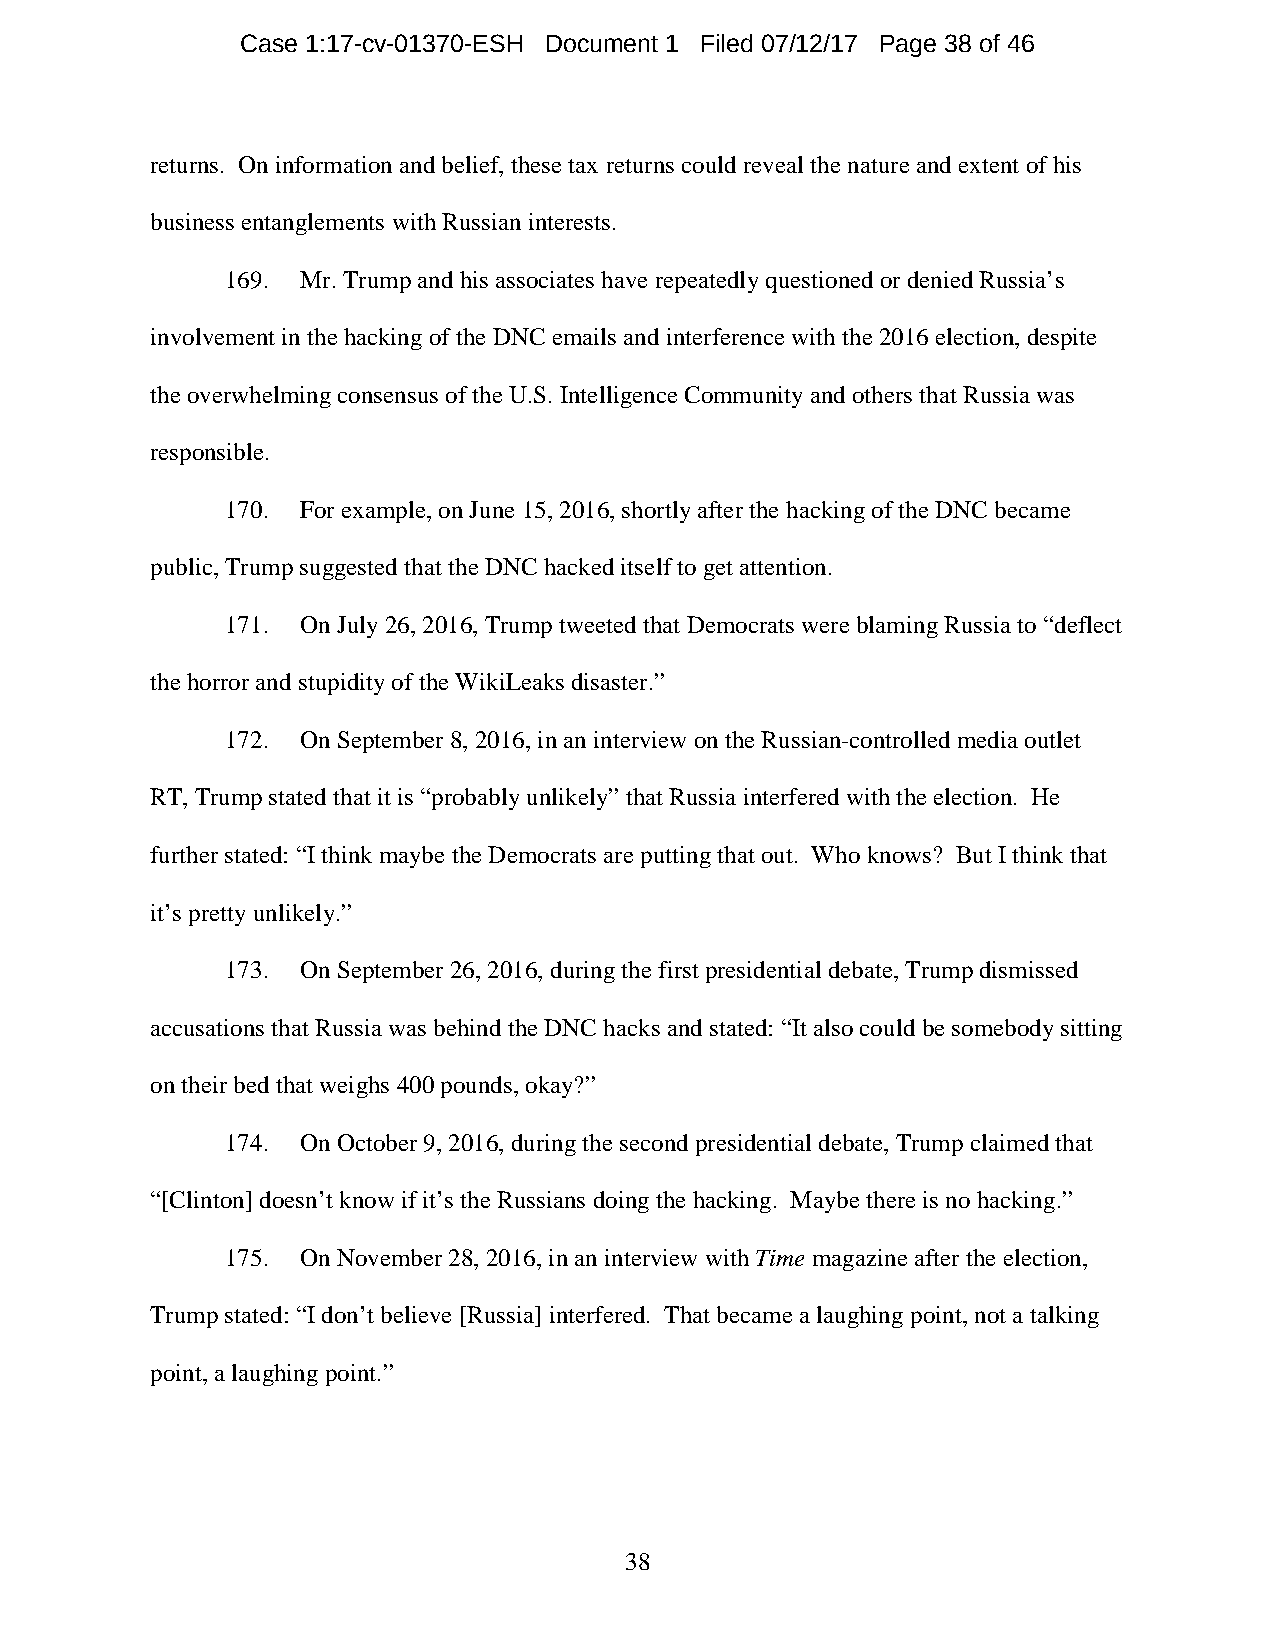
Case 1:17-cv-01370-ESH Document 1 Filed 07/12/17 Page 38 of 46
 returns. On information and belief, these tax returns could reveal the nature and extent of his
 business entanglements with Russian interests.
 169. Mr. Trump and his associates have repeatedly questioned or denied Russia’s
 involvement in the hacking of the DNC emails and interference with the 2016 election, despite
 the overwhelming consensus of the U.S. Intelligence Community and others that Russia was
 responsible.
 170. For example, on June 15, 2016, shortly after the hacking of the DNC became
 public, Trump suggested that the DNC hacked itself to get attention.
 171. On July 26, 2016, Trump tweeted that Democrats were blaming Russia to “deflect
 the horror and stupidity of the WikiLeaks disaster.”
 172. On September 8, 2016, in an interview on the Russian-controlled media outlet
 RT, Trump stated that it is “probably unlikely” that Russia interfered with the election. He
 further stated: “I think maybe the Democrats are putting that out. Who knows? But I think that
 it’s pretty unlikely.”
 173. On September 26, 2016, during the first presidential debate, Trump dismissed
 accusations that Russia was behind the DNC hacks and stated: “It also could be somebody sitting
 on their bed that weighs 400 pounds, okay?”
 174. On October 9, 2016, during the second presidential debate, Trump claimed that
 “[Clinton] doesn’t know if it’s the Russians doing the hacking. Maybe there is no hacking.”
 175. On November 28, 2016, in an interview with Time magazine after the election,
 Trump stated: “I don’t believe [Russia] interfered. That became a laughing point, not a talking
 point, a laughing point.”
 38